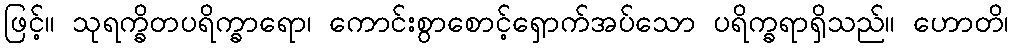
ဖြင့်။ သုရက္ခိတပရိက္ခာရော၊ ကောင်းစွာစောင့်ရှောက်အပ်သော ပရိက္ခရာရှိသည်။ ဟောတိ၊